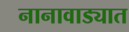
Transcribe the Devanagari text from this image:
नानावाड्यात